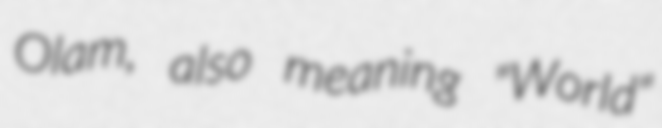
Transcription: Olam, also meaning "World"